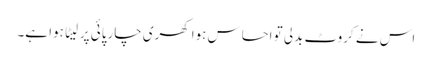
اس نے کروٹ بدلی تو احساس ہوا کھری چارپائی پر لیٹا ہوا ہے۔